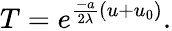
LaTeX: T=e^{\frac{-a}{2\lambda}(u+u_{0})}.